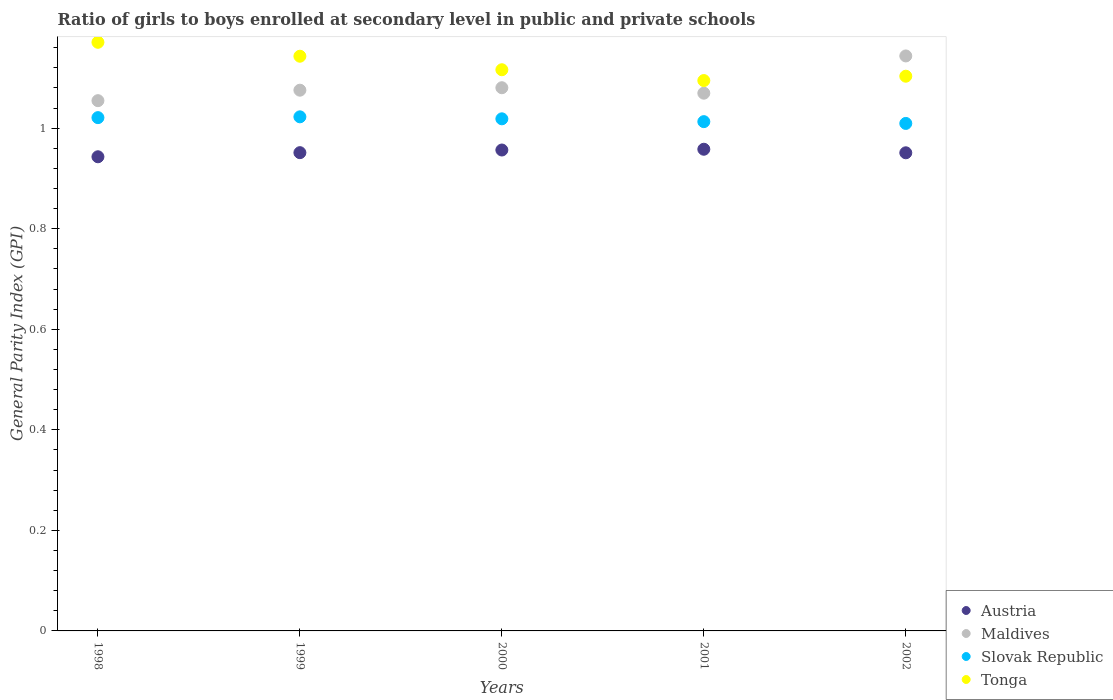
| Years | Austria | Maldives | Slovak Republic | Tonga |
 | --- | --- | --- | --- | --- |
 | 1998 | 0.943 | 1.05 | 1.02 | 1.17 |
 | 1999 | 0.951 | 1.08 | 1.02 | 1.14 |
 | 2000 | 0.956 | 1.08 | 1.02 | 1.12 |
 | 2001 | 0.958 | 1.07 | 1.01 | 1.09 |
 | 2002 | 0.951 | 1.14 | 1.01 | 1.1 |